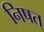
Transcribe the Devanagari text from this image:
निषत्